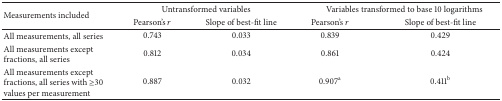
| <ROWSPAN=2> Measurements included | <COLSPAN=2> Untransformed variables | <COLSPAN=2> Variables transformed to base 10 logarithms |
 | Pearson's r | Slope of best-fit line | Pearson's r | Slope of best-fit line |
 | --- | --- | --- | --- | --- |
 | All measurements, all series | 0.743 | 0.033 | 0.839 | 0.429 |
 | All measurements except fractions, all series | 0.812 | 0.034 | 0.861 | 0.424 |
 | All measurements except fractions, all series with ≥30 values per measurement | 0.887 | 0.032 | 0.907a | 0.411b |